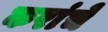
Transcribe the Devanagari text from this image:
करांचें